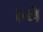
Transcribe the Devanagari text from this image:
रुरो